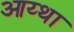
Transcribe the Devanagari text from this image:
आय्था